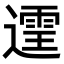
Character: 𫑄